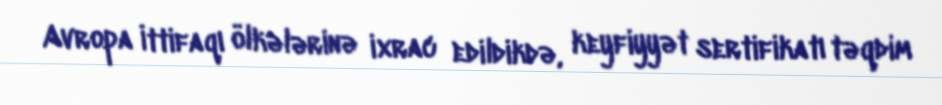
Avropa İttifaqı ölkələrinə ixrac edildikdə, keyfiyyət sertifikatı təqdim